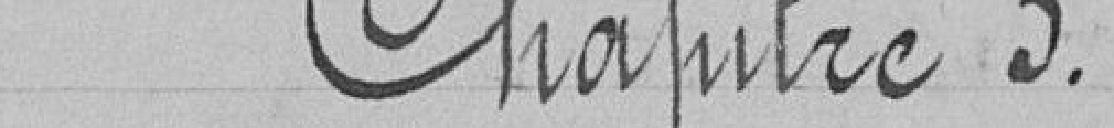
Chapître 3